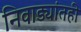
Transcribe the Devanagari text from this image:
निवाड्यांतही